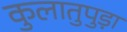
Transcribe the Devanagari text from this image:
कुलातुपुड़ा